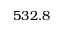
5 3 2 . 8